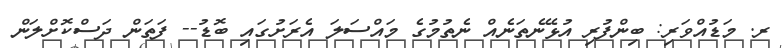
ރ. މަޑުއްވަރި: ބިންފުރި އުޅޭނެތަނެއް ނެތުމުގެ މައްސަލަ އެރަށުގައި ބޮޑު-- ފަތަން ދަސްކޮށްލަން